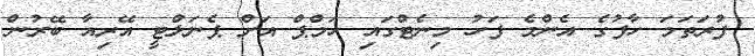
ފުރަތަމަ ހާފުގެ އެންމެ ފަހު މިނެޓްގައި ހަމްޕް އަށް ޕެނަލްޓީ އޭރިއާ ބޭރުން